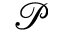
\mathcal { P }